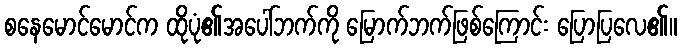
စနေမောင်မောင်က ထိုပုံ၏အပေါ်ဘက်ကို မြောက်ဘက်ဖြစ်ကြောင်း ပြောပြလေ၏။